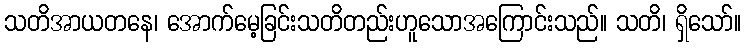
သတိအာယတနေ၊ အောက်မေ့ခြင်းသတိတည်းဟူသောအကြောင်းသည်။ သတိ၊ ရှိသော်။